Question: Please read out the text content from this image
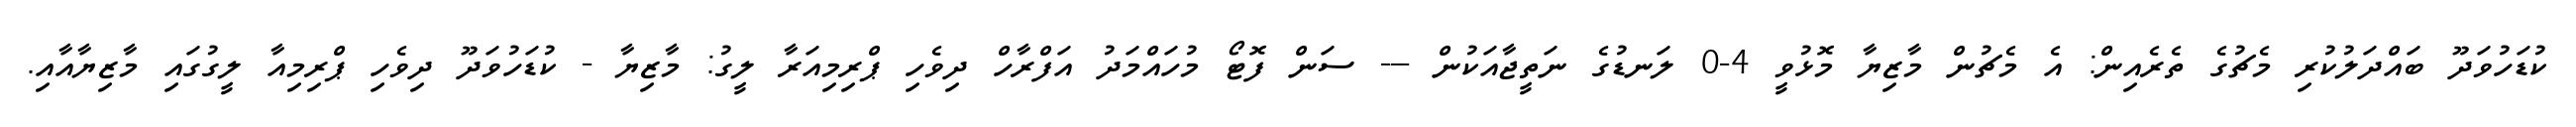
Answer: ކުޑަހުވަދޫ ބައްދަލުކުރި މެޗުގެ ތެރެއިން: އެ މެޗުން މާޒިޔާ މޮޅުވީ 4-0 ލަނޑުގެ ނަތީޖާއަކުން --- ސަން ފޮޓޯ މުހައްމަދު އަފްރާހް ދިވެހި ޕްރިމިއަރާ ލީގު: މާޒިޔާ - ކުޑަހުވަދޫ ދިވެހި ޕްރިމިއާ ލީގުގައި މާޒިޔާއާއި.